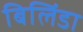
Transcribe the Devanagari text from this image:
बिलिंडा